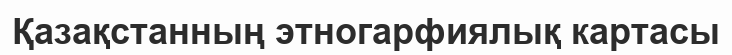
Қазақстанның этногарфиялық картасы